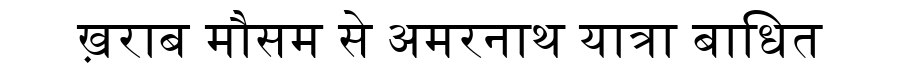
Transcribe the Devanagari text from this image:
ख़राब मौसम से अमरनाथ यात्रा बाधित